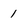
Character: 1